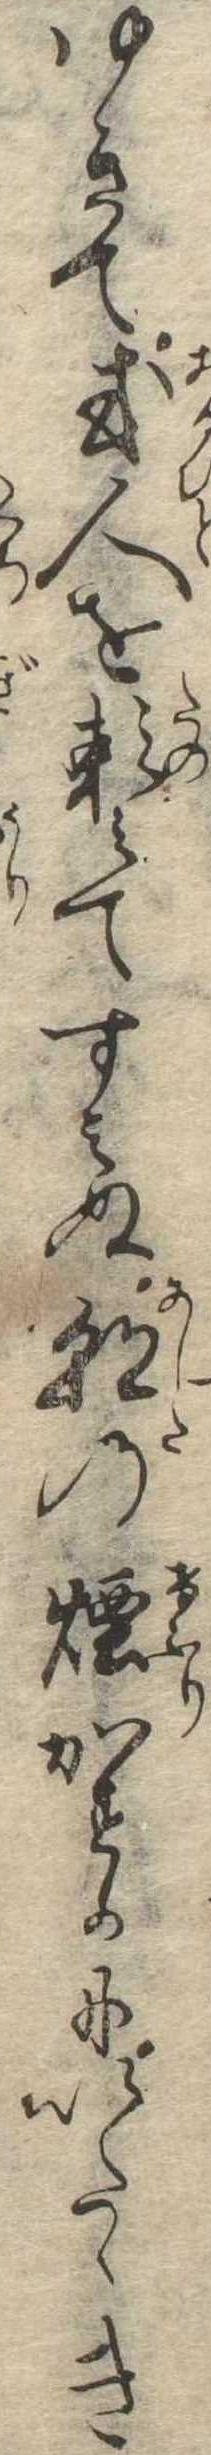
ゆきて或人を頼みてすみぬ朝の煙かすかにいたゝき